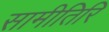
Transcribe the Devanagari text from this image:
सामीतिरि